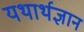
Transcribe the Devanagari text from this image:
यथार्थज्ञान